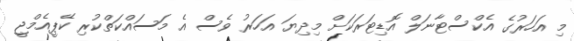
މި އަހަރުގެ އެކްސްޓާނަލް އޮޑިޓަރަކަށް މިދިޔަ އަހަރު ވެސް އެ މަސައްކަތްކުރި ކޭޕީއެމްޖީ